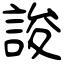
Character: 誜